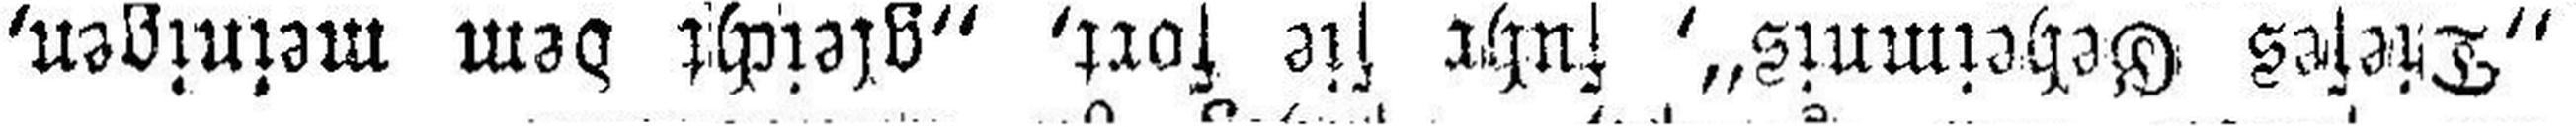
„Dieses Geheimnis“, fuhr sie fort, „gleicht dem meinigen,